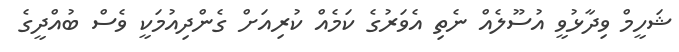
ޝަހީމް ވިދާޅުވީ އުސޫލެއް ނެތި އެވަރުގެ ކަމެއް ކުރިއަށް ގެންދިއުމަކީ ވެސް ބުއްދީގެ